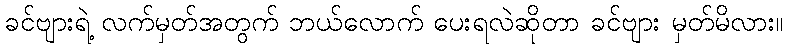
ခင်ဗျားရဲ့ လက်မှတ်အတွက် ဘယ်လောက် ပေးရလဲဆိုတာ ခင်ဗျား မှတ်မိလား။